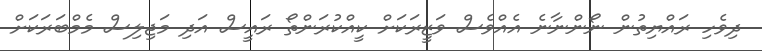
ދިވެހި ރައްޔިތުން ނޯންނާނެ އެއްވެސް ވަޒީރަކަށް ކީއްކުރަންތޯ ރައީސް އަދި މަޖިލިސް މެމްބަރަކަށް